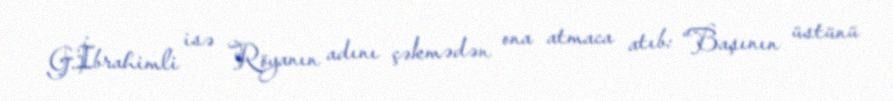
G.İbrahimli isə Röyanın adını çəkmədən ona atmaca atıb: “Başının üstünü